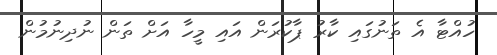
ހުއްޓާ އެ ތަނުގައި ކާރު ޕާކުރަން އައި މީހާ އަށް ތަން ނުދިނުމުން